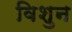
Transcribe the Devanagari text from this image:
विशुन